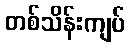
တစ်သိန်းကျပ်